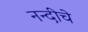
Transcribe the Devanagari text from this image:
नन्दीचे